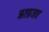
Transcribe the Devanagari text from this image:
ऋतप्रजात